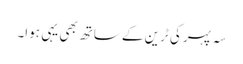
سہ پہر کی ٹرین کے ساتھ بھی یہی ہوا۔